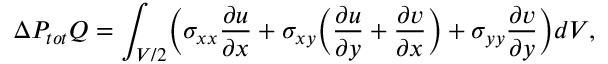
\Delta P _ { t o t } Q = \int _ { V / 2 } \biggl ( \sigma _ { x x } \frac { \partial u } { \partial x } + \sigma _ { x y } \Bigl ( \frac { \partial u } { \partial y } + \frac { \partial v } { \partial x } \Bigr ) + \sigma _ { y y } \frac { \partial v } { \partial y } \biggr ) d V ,